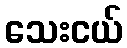
သေးငယ်